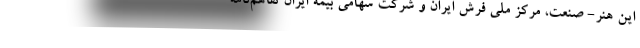
این هنر- صنعت، مرکز ملی فرش ایران و شرکت سهامی بیمه ایران تفاهم‌نامه